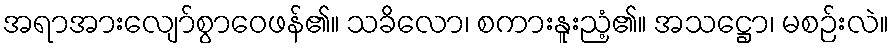
အရာအားလျော်စွာဝေဖန်၏။ သခိလော၊ စကားနူးညံ့၏။ အသဋ္ဌော၊ မစဉ်းလဲ။